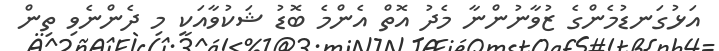
އަޅުގަނޑުމެންގެ ޒުވާނުންނާ މެދު އޮތް އެންމެ ބޮޑު ޝަކުވާއަކީ މި ދެންނެވި ތިން